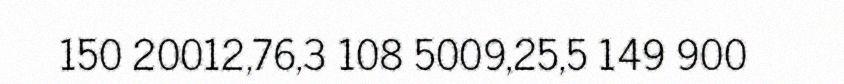
150 20012,76,3 108 5009,25,5 149 900